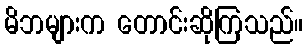
မိဘများက တောင်းဆိုကြသည်။